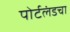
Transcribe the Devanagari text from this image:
पोर्टलंडचा